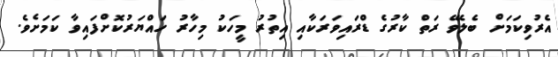
އެރުވިކަމަށް ބެލެވޭ ރަތް ކާރުގެ ޑްރައިވަރަކާއި އިތުރު މީހަކު މިހާރު ހައްޔަރުކޮށްފައިވާ ކަމަށެވެ.